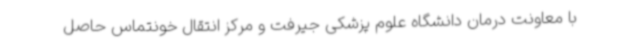
با معاونت درمان دانشگاه علوم پزشکی جیرفت و مرکز انتقال خونتماس حاصل